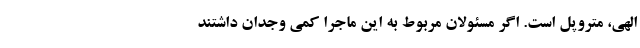
الهی، متروپل است. اگر مسئولان مربوط به این ماجرا کمی وجدان داشتند